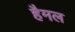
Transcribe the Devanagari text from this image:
हैमल